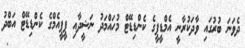
ދެވަނަ ބުރުގައި ވާދަކުރާނީ އެމްޑީޕީގެ ކެންޑިޑޭޓް މުހައްމަދު ނަޝީދާއި ޕީޕީއެމްގެ ކެންޑިޑޭޓް އަބްދު